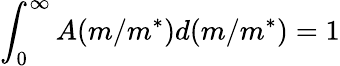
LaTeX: \int_{0}^{\infty}A(m/m^{*})d(m/m^{*})=1